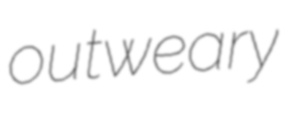
outweary